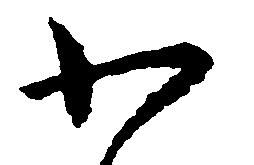
わ